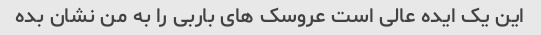
این یک ایده عالی است عروسک های باربی را به من نشان بده